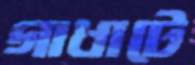
গাধাটে